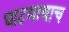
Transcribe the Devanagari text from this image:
घाटमाथाच